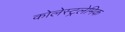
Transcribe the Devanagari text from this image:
कोलेस्ट्रलेमिक